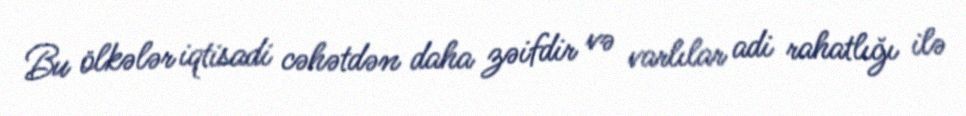
Bu ölkələr iqtisadi cəhətdən daha zəifdir və varlılar adi rahatlığı ilə